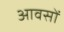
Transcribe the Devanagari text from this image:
आवसों